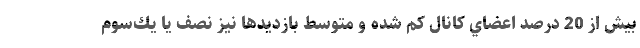
بيش از 20 درصد اعضاي كانال كم شده و متوسط بازديدها نيز نصف يا يك‌سوم